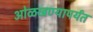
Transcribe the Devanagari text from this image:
ओळखण्यापर्यंत